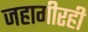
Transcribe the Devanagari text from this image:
जहागीरही